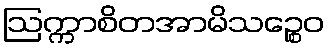
ဩက္ကာစိတအာမိသဉ္စေဝ